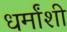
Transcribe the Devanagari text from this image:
धर्मांशी